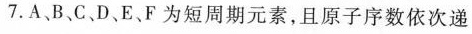
7.A、B、C、D、E、F为短周期元素，且原子序数依次递